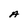
Character: A